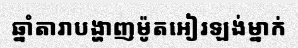
ឆ្នាំតារាបង្ហាញម៉ូតអៀរឡង់ម្នាក់